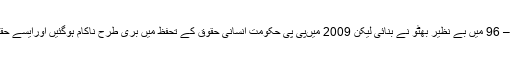
انسانی حقوق کی وزارت 1995 – 96 میں بے نظیر بھٹو نے بنائی لیکن 2009 میںپی پی حکومت انسانی حقوق کے تحفظ میں بری طرح ناکام ہوگئیں اورایسے حقائق سامنے آئے کہ دل دہل گئے۔